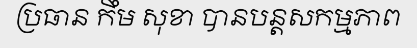
ប្រធាន កឹម សុខា បានបន្តសកម្មភាព